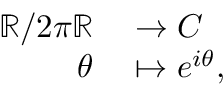
\begin{array} { r l } { \mathbb { R } / 2 \pi \mathbb { R } } & { { } \to C } \\ { \theta } & { { } \mapsto e ^ { i \theta } , } \end{array}